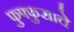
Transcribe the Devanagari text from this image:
फुफ्फुसाचे